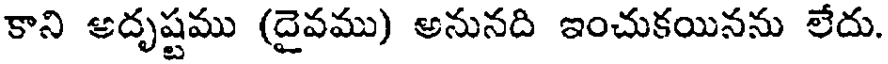
కాని అదృష్టము (దైవము) అనునది ఇంచుకయినను లేదు.